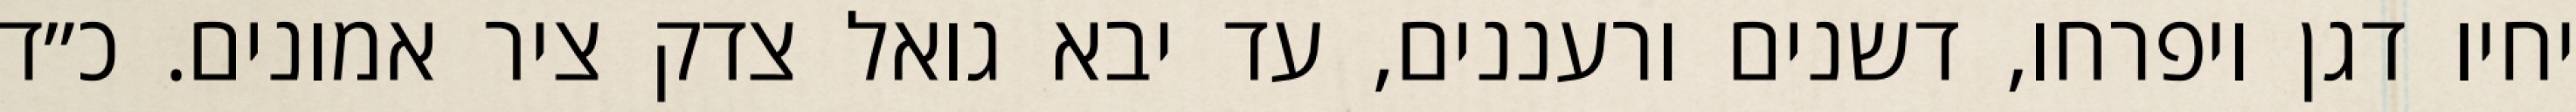
יחיו דגן ויפרחו, דשנים ורעננים, עד יבא גואל צדק ציר אמונים. כ״ד